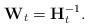
LaTeX: \begin{align*}\mathbf{W}_t = \mathbf{H}_t^{-1}.\end{align*}